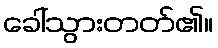
ခေါ်သွားတတ်၏။